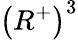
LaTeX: \left(R^{+}\right)^{3}